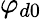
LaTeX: \varphi_{d0}